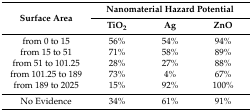
<table><thead><tr><td rowspan="2"><b>Surface Area</b></td><td colspan="3"><b>Nanomaterial Hazard Potential</b></td></tr><tr><td><b>TiO<sub>2</sub></b></td><td><b>Ag</b></td><td><b>ZnO</b></td></tr></thead><tbody><tr><td>from 0 to 15</td><td>56%</td><td>54%</td><td>94%</td></tr><tr><td>from 15 to 51</td><td>71%</td><td>58%</td><td>89%</td></tr><tr><td>from 51 to 101.25</td><td>28%</td><td>27%</td><td>88%</td></tr><tr><td>from 101.25 to 189</td><td>73%</td><td>4%</td><td>67%</td></tr><tr><td>from 189 to 2025</td><td>15%</td><td>92%</td><td>100%</td></tr><tr><td>No Evidence</td><td>34%</td><td>61%</td><td>91%</td></tr></tbody></table>